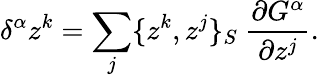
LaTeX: \delta^{\alpha}z^{k}=\sum_{j}\{ z^{k},z^{j}\} _{S}\ \frac{\partial G^{\alpha}}{\partial z^{j}}.